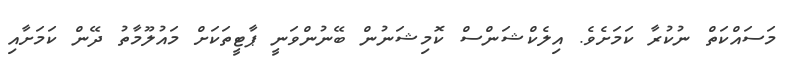
މަސައްކަތް ނުކުރާ ކަމަށެވެ. އިލެކްޝަންސް ކޮމިޝަނުން ބޭނުންވަނީ ޕާޓީތަކަށް މައުލޫމާތު ދޭން ކަމަށާއި